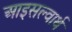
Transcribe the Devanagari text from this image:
आइसल्वार्थ